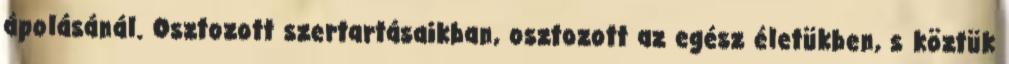
ápolásánál. Osztozott szertartásaikban, osztozott az egész életükben, s köztük